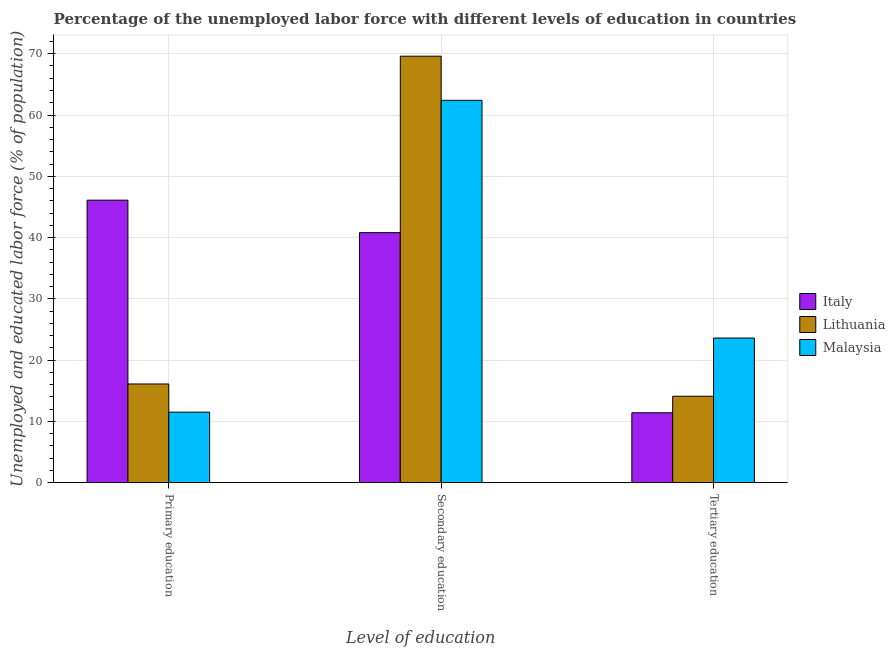
| Level of education | Italy | Lithuania | Malaysia |
 | --- | --- | --- | --- |
 | Primary education | 46.1 | 16.1 | 11.5 |
 | Secondary education | 40.8 | 69.6 | 62.4 |
 | Tertiary education | 11.4 | 14.1 | 23.6 |